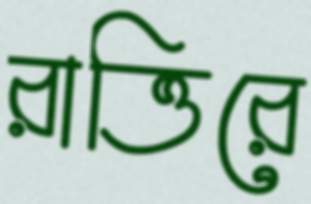
রাত্তিরে